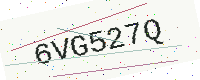
Text: 6VG527Q